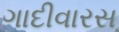
ગાદીવારસ